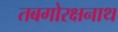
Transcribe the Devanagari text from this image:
तबगोरक्षनाथ